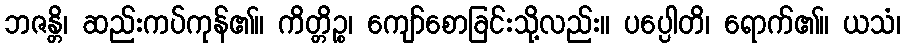
ဘဇန္တိ၊ ဆည်းကပ်ကုန်၏။ ကိတ္တိဉ္စ၊ ကျော်စောခြင်းသို့လည်း။ ပပ္ပေါတိ၊ ရောက်၏။ ယသံ၊